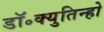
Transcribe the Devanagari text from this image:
डॉ॰क्युतिन्हो